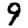
Digit: 9